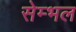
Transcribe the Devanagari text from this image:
सेम्भल